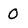
Character: 0